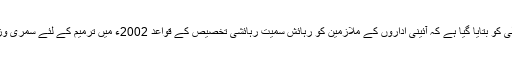
06 نومبر2017ء) قومی اسمبلی کو بتایا گیا ہے کہ آئینی اداروں کے ملازمین کو رہائش سمیت رہائشی تخصیص کے قواعد 2002ء میں ترمیم کے لئے سمری وزیراعظم کو بھجوا دی گئی ہے۔